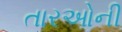
તારઓની